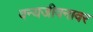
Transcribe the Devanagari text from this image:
वन्यजीवनावर